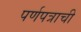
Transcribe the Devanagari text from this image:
पर्णपत्राची